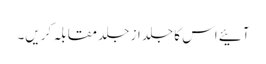
آئیے اس کا جلد از جلد مقابلہ کریں۔